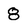
Character: 8